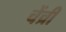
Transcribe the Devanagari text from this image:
चेंच्री